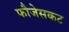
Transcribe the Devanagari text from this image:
फौजेसकट